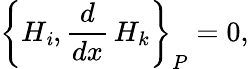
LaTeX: \left\{ H_{\mathit{i}},\frac{{d}}{{dx}}\, H_{k}\right\} _{P}=0,